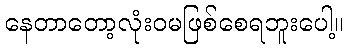
နေတာတော့လုံးဝမဖြစ်စေရဘူးပေါ့။